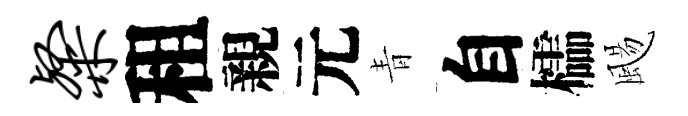
粲租親元青自櫺颺